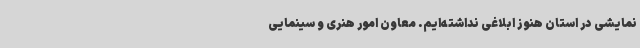
نمایشی در استان هنوز ابلاغی نداشته‌ایم. معاون امور هنری و سینمایی